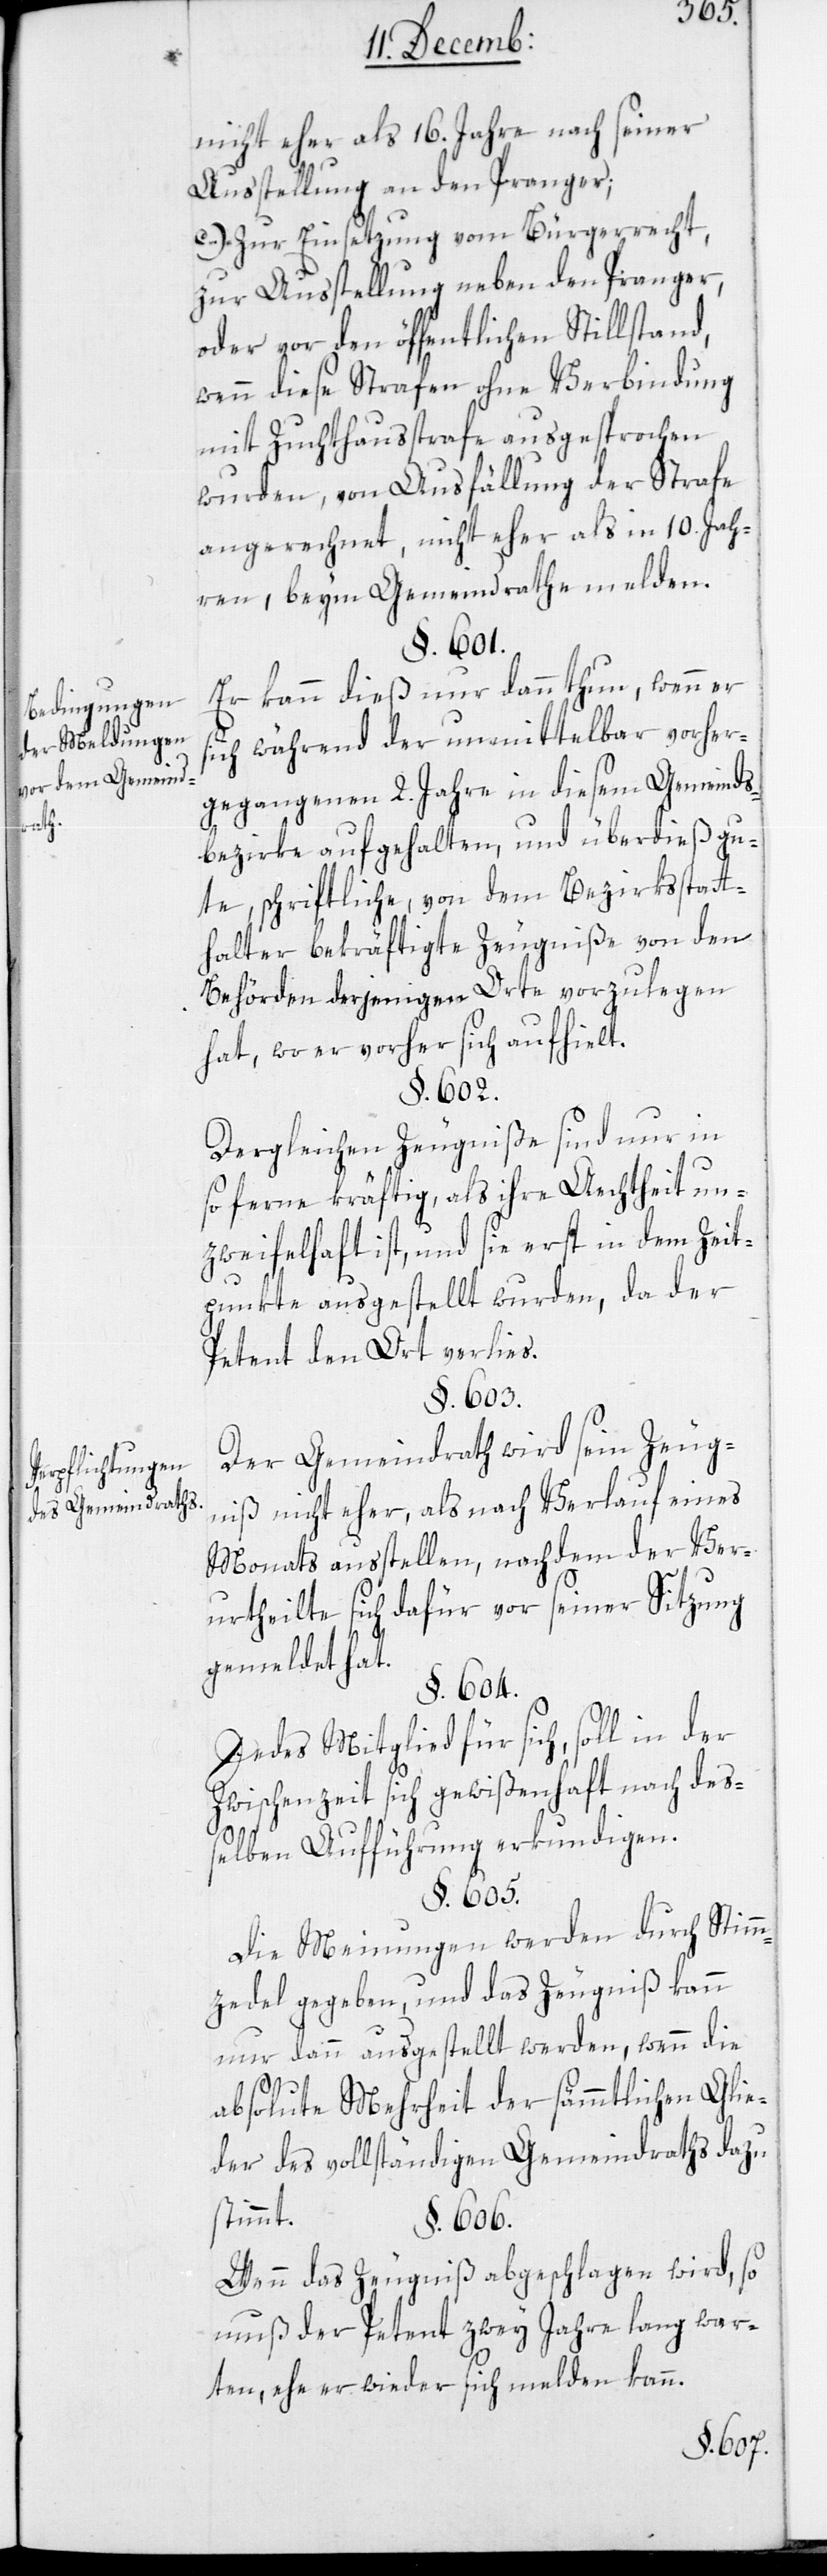
Bedingungen
der Meldungen
vor dem Gemeind¬
rath.
Verpflichtungen
des Gemeindrathes.

nicht eher als 16. Jahre nach seiner
Ausstellung an den Pranger.
c.) Zur Einsetzung vom Bürgerrecht,
zur Ausstellung neben dem Pranger,
gar vor den öffentlichen Stillstand,
wenn diese Strafen ohne Verbindung
mit Zuchthausstrafe ausgesprochen
wurden, von Ausfällung der Strafe
an gerechnet, nicht eher als in 10 Jah¬
ren, beim Gemeindrathe melden.
§. 601.
Er kann dieß nur dann thun, wenn er
sich während der unmittelbar vorher
gegangenen 2. Jahre in diesem Gemeinds¬
bezirke aufgehalten, und überdieß gu¬
te, schriftliche, von dem Bezirksstatt¬
halter bekräftigte Zeugniße von den
Behörden derjenigen Orte vorzulegen
hat, wo er vorher sich aufhielt.
§. 602.
Dergleichen Zeugniße sind nur in
so ferne kräftig, als ihre Aechtheit un¬
zweyfelhaft ist, und sie erst in dem Zeit¬
punkte ausgestellt wurden, da der
Petent den Ort verließ.
§. 603.
Der Gemeindrath wird sein Zeug¬
nis nicht eher, als nach Verlauf eines
Monats ausstellen, nachdem der Ver¬
urtheilte sich dafür vor seiner Sitzung
gemeldet hat.
§. 604.
Jedes Mitglied für sich, soll in der
Zwischenzeit sich gewißenhaft nach des¬
selben Aufführung erkundigen.
§. 605.
Die Meinungen werden durch Stimm¬
zedel gegeben, und das Zeugniß kann
nur dann ausgestellt werden, wenn die
absolute Mehrheit der sämmtlichen Glie¬
der des vollständigen Gemeindraths dazu¬
stimmt.
§. 606.
Wenn das Zeugniß abgeschlagen wird, so
muß der Petent zwey Jahre lang war¬
ten, ehe er wieder sich melden kann.